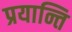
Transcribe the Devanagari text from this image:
प्रयान्ति